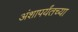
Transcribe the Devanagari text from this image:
अंशापर्यंतच्या